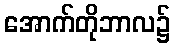
အောက်တိုဘာလ၌